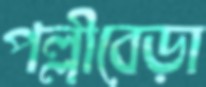
পল্লীবেড়া